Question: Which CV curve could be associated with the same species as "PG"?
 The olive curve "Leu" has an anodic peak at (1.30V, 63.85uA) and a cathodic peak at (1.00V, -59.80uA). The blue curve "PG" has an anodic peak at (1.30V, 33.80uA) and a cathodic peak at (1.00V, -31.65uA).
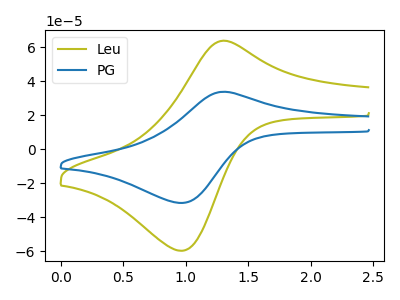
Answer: <think>All the peaks in "Leu" have a peak in "PG" at the same potential. Every peak in "Leu" is higher than every peak in "PG".
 </think>
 <answer>The CV with the most similar shape to "Leu" is "PG".</answer>
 <eval>"PG"</eval>